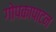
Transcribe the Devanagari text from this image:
गोपकापाटन